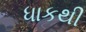
ધાકથી